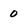
Character: 0